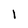
Character: I